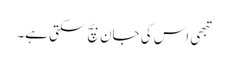
تبھی اس کی جان بچ سکتی ہے۔